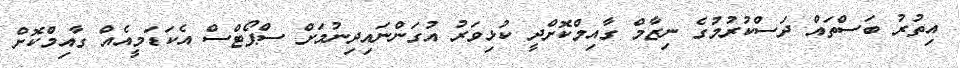
އިތުރު ބަސްތައް ދަސްކުރުމުގެ ނިޒާމް ގާއިމްކޮށްދީ ކުޅިވަރު އުގަންނައިދިނުމަށް ސްޕޯޓްސް އެކަޑަމީއެއް ގާއިމްކޮށް